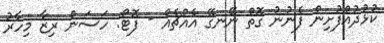
ކުޅުދުއްފުށިން ފެނުނު ގޮތް ނޭނގޭ އެއްޗެއް - ފޮޓޯ: ހަސަން ރިޒާ މިހާރު